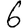
Digit: 6